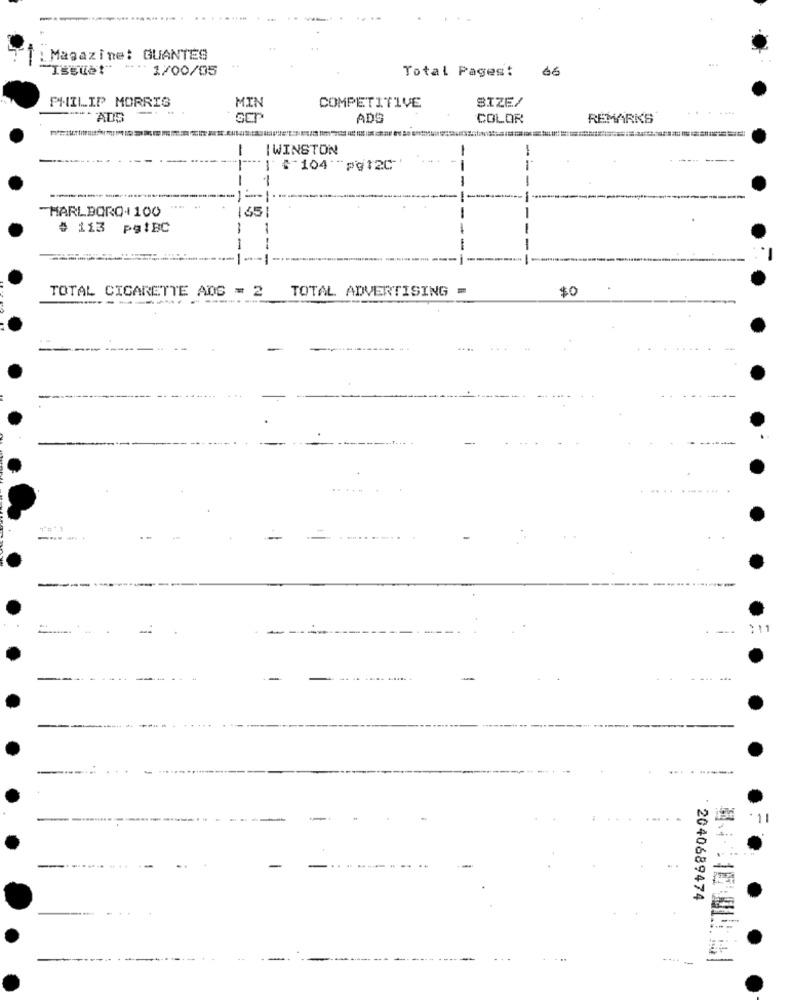
: Magazine: GUANTES
Issue!"
1/00/05
Total Pages:
66
PHILIP MORRIS
SIZE/
MIN
COMPETITIVE
.......
ADS
COLOR
REMARKS
-
I WINSTON
-
-
$ 104"pg120
-
--
MARLBORO+ 100
1651
# 113 pgiBC
TOTAL CIGARETTE ADS = 2
TOTAL ADVERTISING =
$0
--.
---
---
-
----...
2040689474